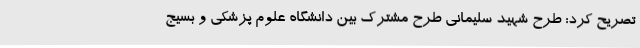
تصریح کرد: طرح شهید سلیمانی طرح مشترک بین دانشگاه علوم پزشکی و بسیج